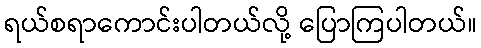
ရယ်စရာကောင်းပါတယ်လို့ ပြောကြပါတယ်။